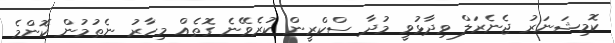
ކޮމިޝަނަރު ޖެނެރަލް ވިދާޅުވީ މުދާ ސްކްރީން ކުރެވޭނެ ގޮތެއް މިހާރު ނެތުމުން ކޮންމެ